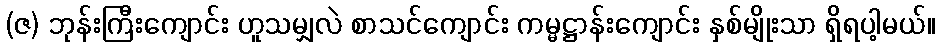
(ဇ) ဘုန်းကြီးကျောင်း ဟူသမျှလဲ စာသင်ကျောင်း ကမ္မဋ္ဌာန်းကျောင်း နှစ်မျိုးသာ ရှိရပါ့မယ်။